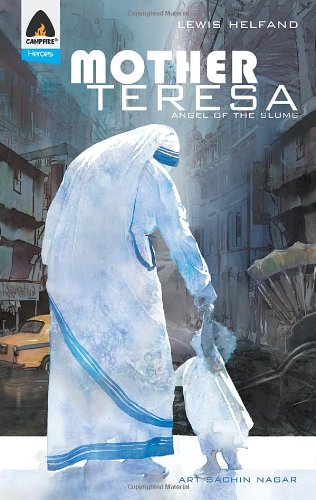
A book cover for Mother Teresa:  Angel of the Slums; Lewis Helfand; Children's Books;